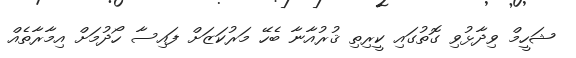
ޝަހީމް ވިދާޅުވި ގޮތުގައި ކީރިތި ޤުރުއާނާ ބެހޭ މަރުކަޒަށް ފައިސާ ހޯދުމަށް އިމާރާތެއް